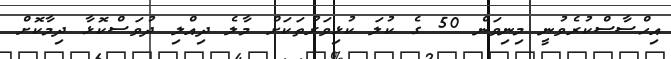
އިހްސާސްކުރެވުނީ މިނިވަން 50 ގެ ކުލަ ކުޅިވަރުތަކަށް މާލެ ދިއްލި ދުވަސްކޮޅާ ދިމާކޮށް